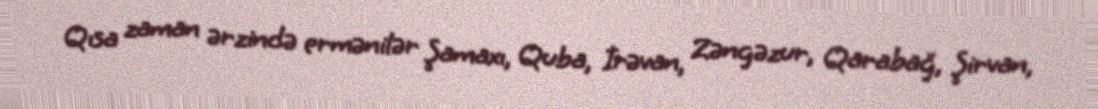
Qısa zaman ərzində ermənilər Şamaxı, Quba, İrəvan, Zəngəzur, Qarabağ, Şirvan,